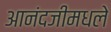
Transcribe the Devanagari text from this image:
आनंदजीमधले